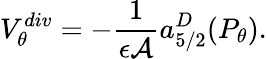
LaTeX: V_{\theta}^{div}=-{\frac{1}{\epsilon{\cal A}}}a_{5/2}^{D}(P_{\theta}).